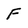
Character: F